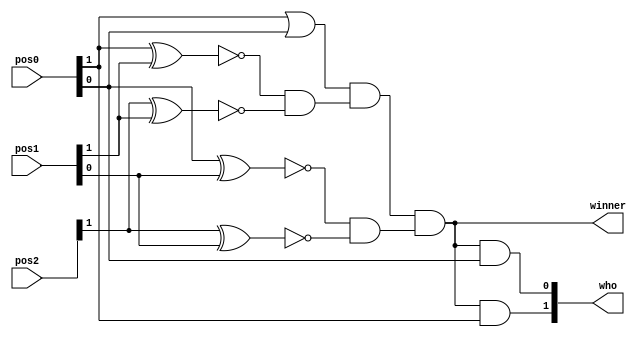
module winner_detect_3(input [1:0] pos0,pos1,pos2,output wire winner,output wire[1:0]who);
wire [1:0]temp0,temp1,temp2;
wire temp3;
assign temp0[1]=!(pos0[1]^pos1[1]);
assign temp0[0]=!(pos0[0]^pos1[0]);
assign temp1[1]=!(pos2[1]^pos1[1]);
assign temp1[0]=!(pos2[1]^pos1[0]);
assign temp2[1]=temp0[1]&temp1[1];
assign temp2[0]=temp0[0]&temp1[0];
assign temp3 = pos0[1] | pos0[0];
assign winner = temp3 & temp2[1] & temp2[0];
assign who[1]=winner & pos0[1];
assign who[0]=winner & pos0[0];
endmodule